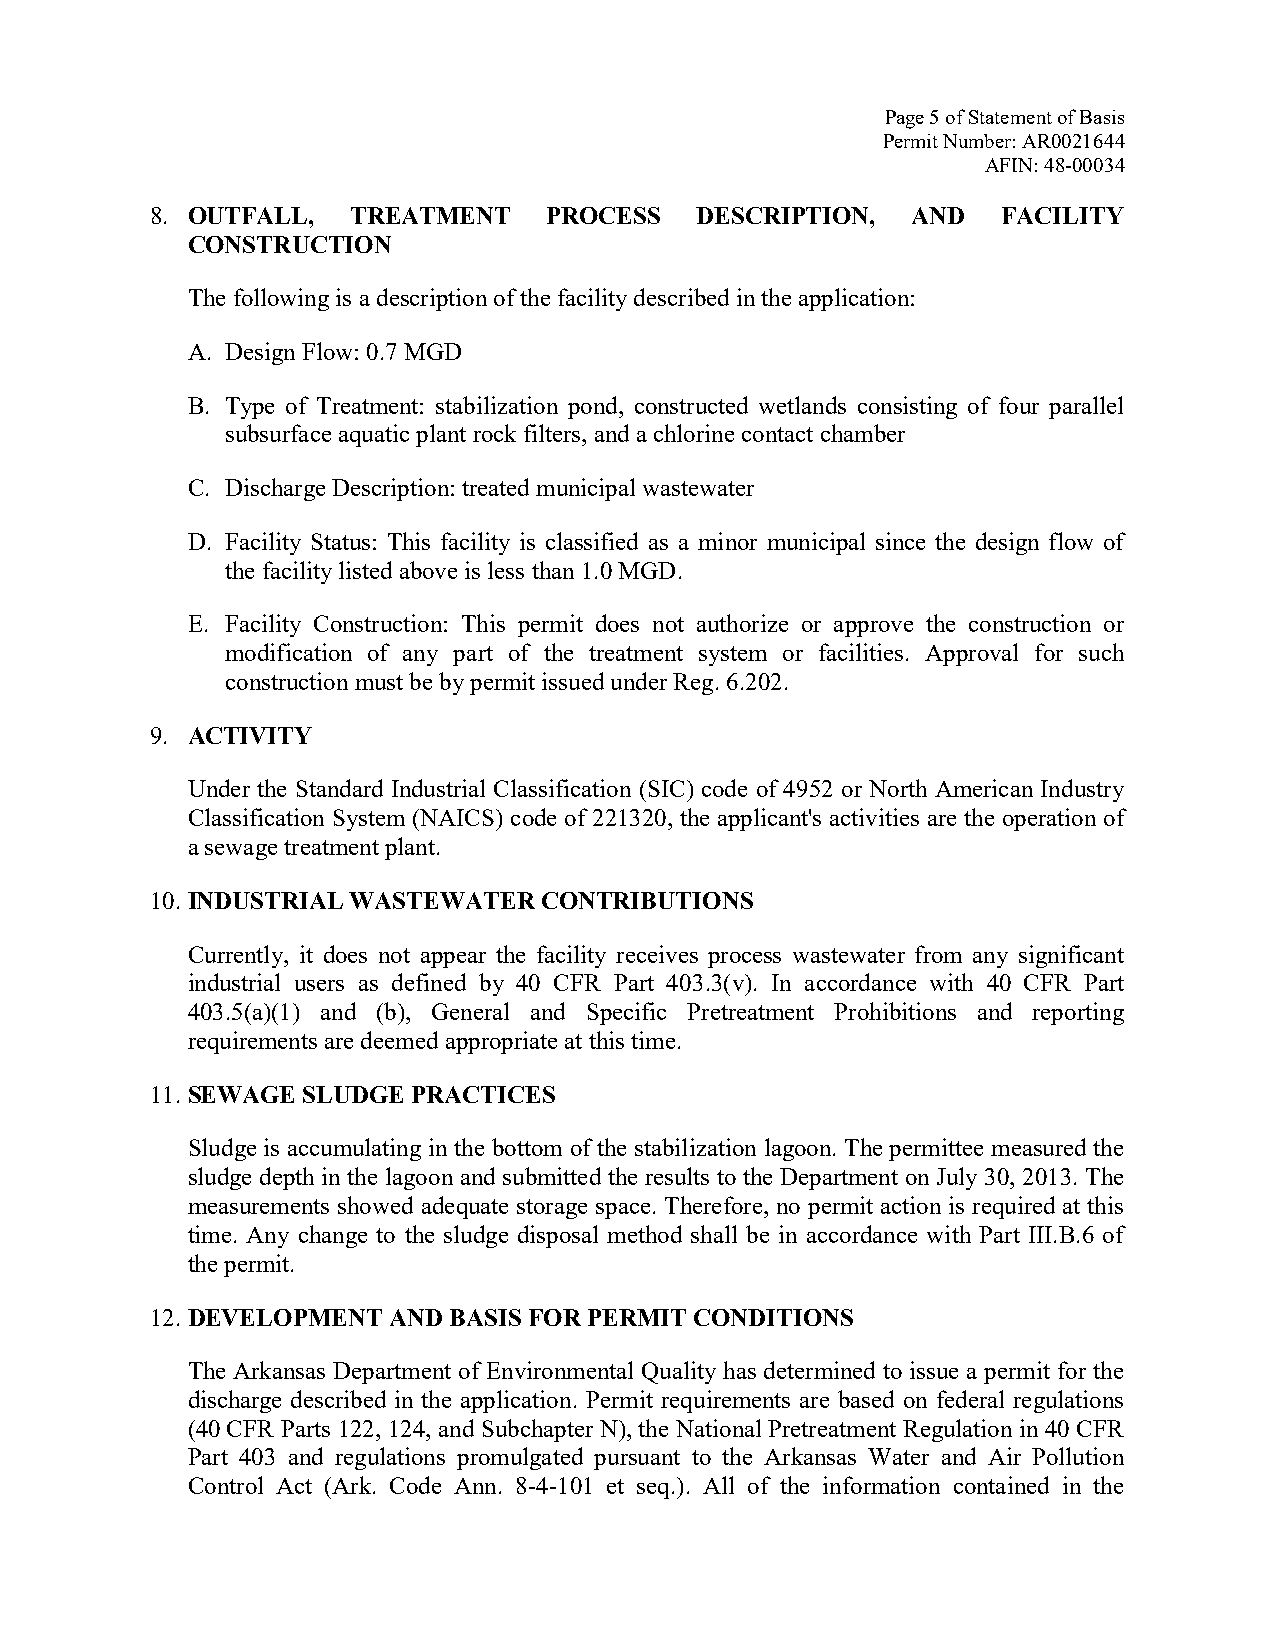
Page 5 of Statement of Basis
 Permit Number: AR0021644
 AFIN: 48-00034
 8. OUTFALL,  TREATMENT    PROCESS   DESCRIPTION,  AND   FACILITY
 CONSTRUCTION
 The following is a description of the facility described in the application:
 A. Design Flow: 0.7 MGD
 B. Type of Treatment: stabilization pond, constructed wetlands consisting of four parallel
 subsurface aquatic plant rock filters, and a chlorine contact chamber
 C. Discharge Description: treated municipal wastewater
 D. Facility Status: This facility is classified as a minor municipal since the design flow of
 the facility listed above is less than 1.0 MGD.
 E. Facility Construction: This permit does not authorize or approve the construction or
 modification of any part of the treatment system or facilities. Approval for such
 construction must be by permit issued under Reg. 6.202.
 9. ACTIVITY
 Under the Standard Industrial Classification (SIC) code of 4952 or North American Industry
 Classification System (NAICS) code of 221320, the applicant's activities are the operation of
 a sewage treatment plant.
 10. INDUSTRIAL WASTEWATER CONTRIBUTIONS
 Currently, it does not appear the facility receives process wastewater from any significant
 industrial users as defined by 40 CFR Part 403.3(v). In accordance with 40 CFR Part
 403.5(a)(1) and (b), General and Specific Pretreatment Prohibitions and reporting
 requirements are deemed appropriate at this time.
 11. SEWAGE SLUDGE PRACTICES
 Sludge is accumulating in the bottom of the stabilization lagoon. The permittee measured the
 sludge depth in the lagoon and submitted the results to the Department on July 30, 2013. The
 measurements showed adequate storage space. Therefore, no permit action is required at this
 time. Any change to the sludge disposal method shall be in accordance with Part III.B.6 of
 the permit.
 12. DEVELOPMENT AND BASIS FOR PERMIT CONDITIONS
 The Arkansas Department of Environmental Quality has determined to issue a permit for the
 discharge described in the application. Permit requirements are based on federal regulations
 (40 CFR Parts 122, 124, and Subchapter N), the National Pretreatment Regulation in 40 CFR
 Part 403 and regulations promulgated pursuant to the Arkansas Water and Air Pollution
 Control Act (Ark. Code Ann. 8-4-101 et seq.). All of the information contained in the